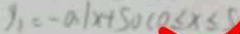
y _ { 1 } = - a \vert x + 5 0 ( 0 \leq x \leq 0